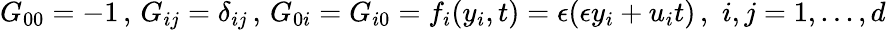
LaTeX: G_{00}=-1\, ,\, G_{ij}=\delta_{ij}\, ,\, G_{0i}=G_{i0}=f_{i}(y_{i},t)=\epsilon(\epsilon y_{i}+u_{i}t)\, ,\, \, i,j=1,...,d